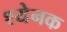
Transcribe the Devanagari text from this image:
श्येनक